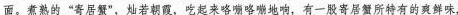
面。煮熟的”寄居蟹”，灿若朝霞，吃起来咯嘣咯嘣地响，有一股寄居蟹所特有的爽鲜味，